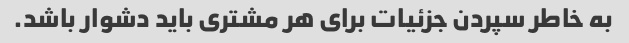
به خاطر سپردن جزئیات برای هر مشتری باید دشوار باشد.